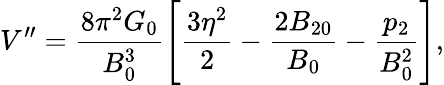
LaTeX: V^{\prime\prime}=\frac{8\pi^{2}G_{0}}{B_{0}^{3}}\left[\frac{3\eta^{2}}{2}-\frac{2B_{20}}{B_{0}}-\frac{p_{2}}{B_{0}^{2}}\right],